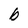
Character: b